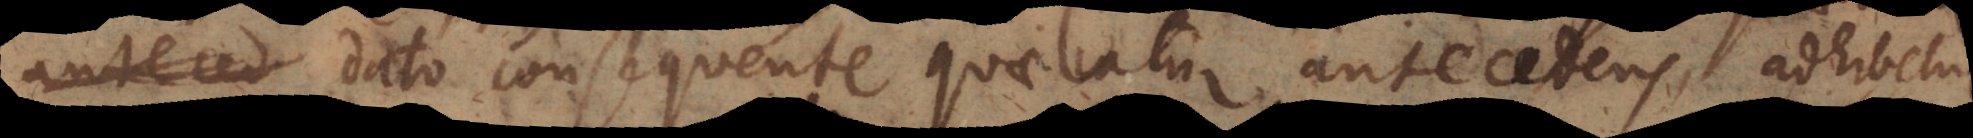
anteced dato consequente quaeratur antecedens, adhibetur